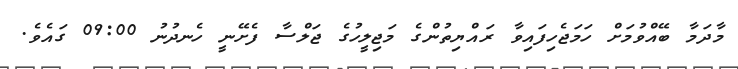
މާދަމާ ބޭއްވުމަށް ހަމަޖެހިފައިވާ ރައްޔިތުންގެ މަޖިލީހުގެ ޖަލްސާ ފެށޭނީ ހެނދުނު 09:00 ގައެވެ.